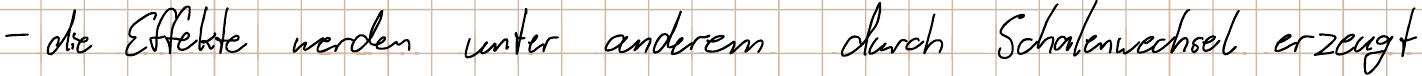
- die Effekte werden unter anderem durch Schalenwechsel erzeugt